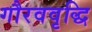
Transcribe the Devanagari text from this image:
गौरववृद्धि